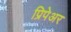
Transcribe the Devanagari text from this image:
प्रिपेअर